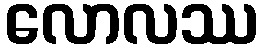
လောလဿ